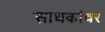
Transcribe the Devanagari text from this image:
साधकांवर